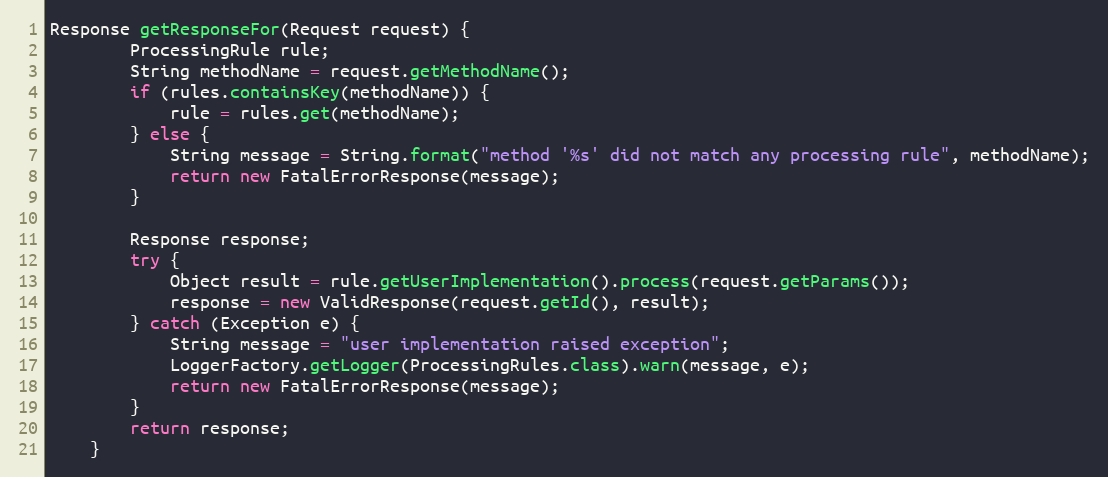
Language: Java
Response getResponseFor(Request request) {
        ProcessingRule rule;
        String methodName = request.getMethodName();
        if (rules.containsKey(methodName)) {
            rule = rules.get(methodName);
        } else {
            String message = String.format("method '%s' did not match any processing rule", methodName);
            return new FatalErrorResponse(message);
        }

        Response response;
        try {
            Object result = rule.getUserImplementation().process(request.getParams());
            response = new ValidResponse(request.getId(), result);
        } catch (Exception e) {
            String message = "user implementation raised exception";
            LoggerFactory.getLogger(ProcessingRules.class).warn(message, e);
            return new FatalErrorResponse(message);
        }
        return response;
    }